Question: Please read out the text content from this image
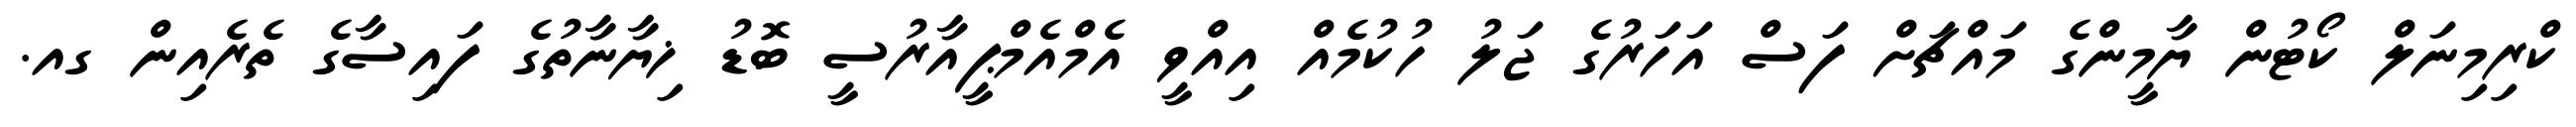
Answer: ކްރިމިނަލް ކޯޓުން ޔާމީންގެ މައްޗަށް ފަސް އަހަރުގެ ޖަލު ހުކުމެއް އިއްވީ އެމްއެމްޕީއާރުސީ ބޮޑު ޚިޔާނާތުގެ ފައިސާގެ ތެރެއިން ގއ.